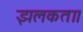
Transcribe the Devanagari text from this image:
झलकता।